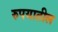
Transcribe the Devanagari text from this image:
रुपयातील